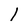
Character: 1